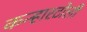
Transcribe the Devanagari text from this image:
कन्हारटोली